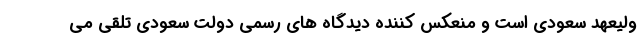
ولیعهد سعودی است و منعکس کننده دیدگاه های رسمی دولت سعودی تلقی می